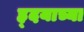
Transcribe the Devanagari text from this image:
ह्दयाच्या